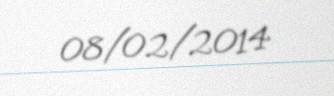
08/02/2014